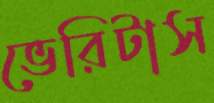
ভেরিটাস